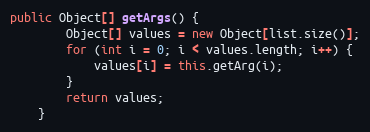
Language: Java
public Object[] getArgs() {
		Object[] values = new Object[list.size()];
		for (int i = 0; i < values.length; i++) {
			values[i] = this.getArg(i);
		}
		return values;
	}